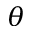
\theta